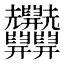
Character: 𦧄